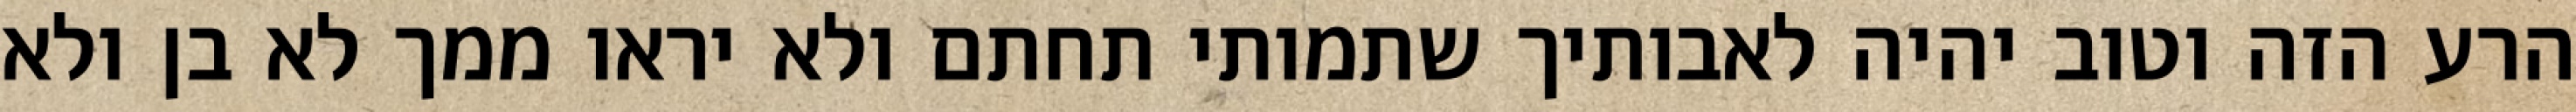
הרע הזה וטוב יהיה לאבותיך שתמותי תחתם ולא יראו ממך לא בן ולא